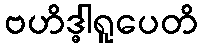
ဗဟိဒ္ဓါရူပေတိ